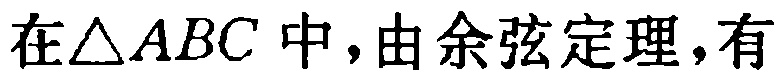
在\(\triangle ABC\)中，由余弦定理，有